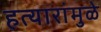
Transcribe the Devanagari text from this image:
हत्यारांमुळे